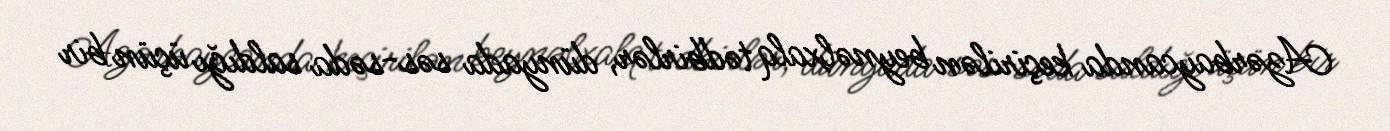
Azərbaycanda keçirilən beynəlxalq tədbirlər, dünyada səs-səda saldığı üçün bir